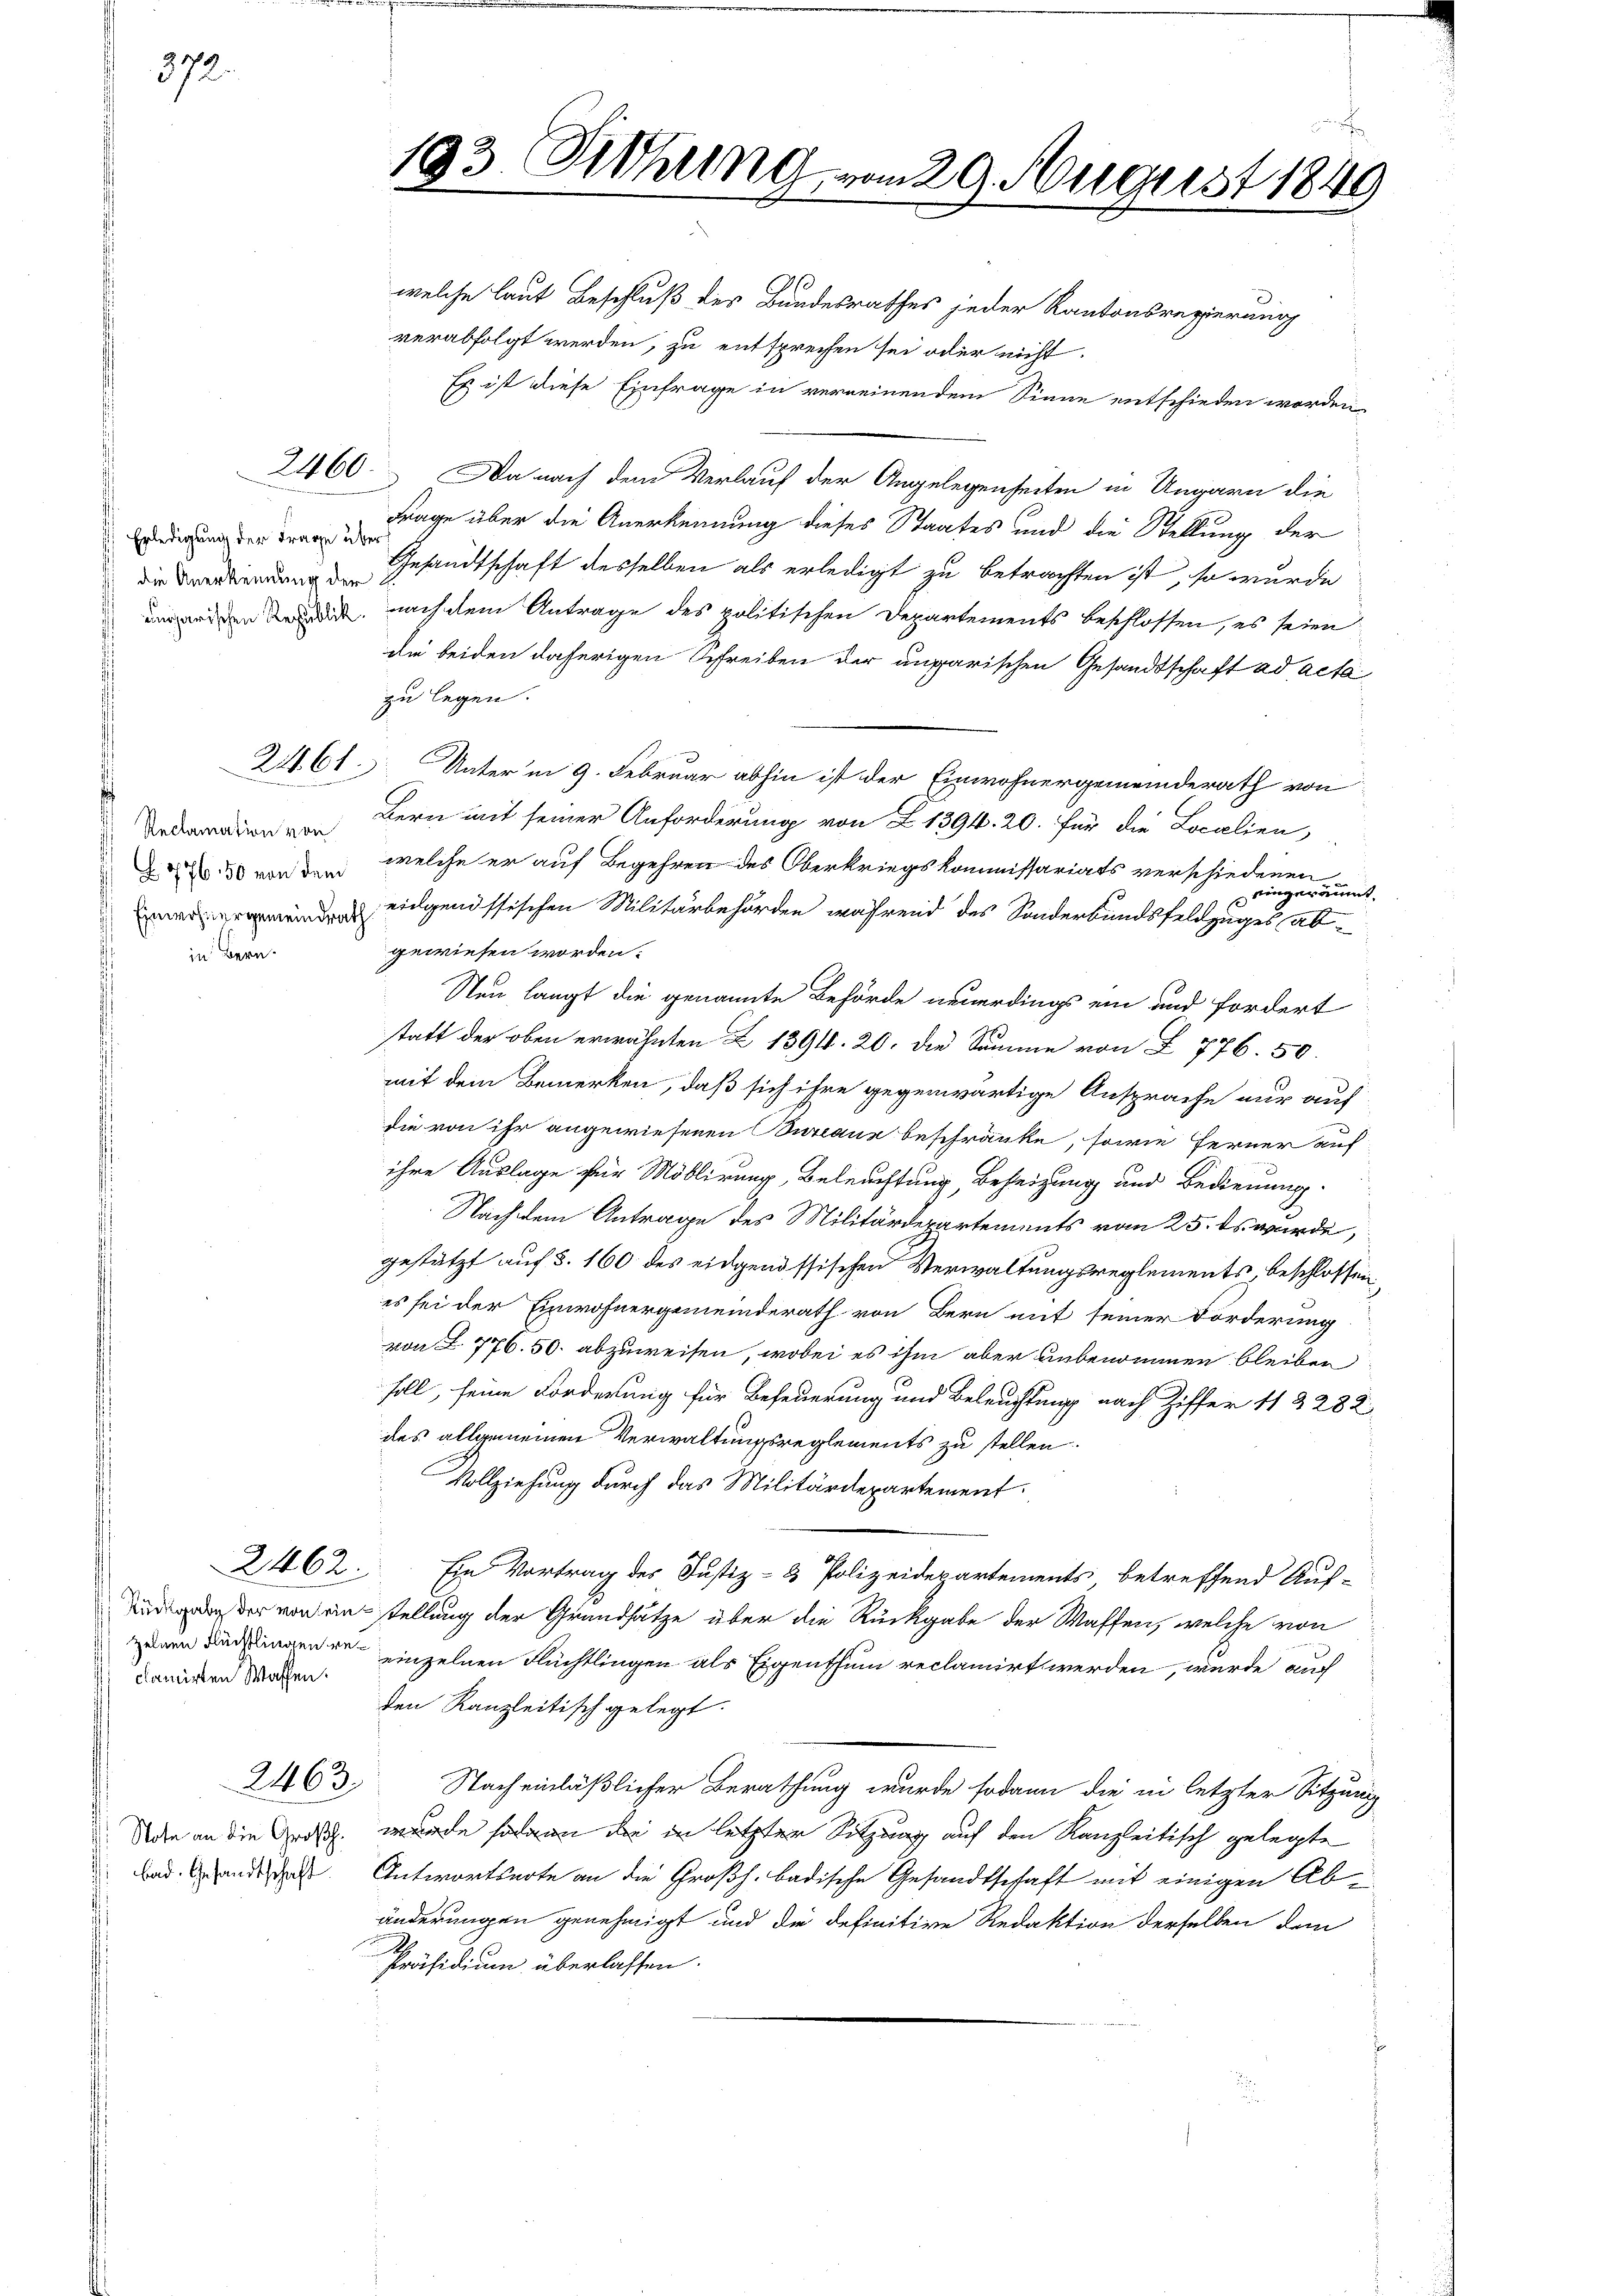
372.

in Bern

Erledigung der Frage u.
die Anerkennung der
ngarischen Republik

2161

Reclamation von
776, 50 von dem
Einwohnergemeindrath

zelnen Flüchtlingen reclamirten Waffen.

2463

Note an die Großh.
bad. Gesandtschaft

193. Othung vom 29. August 1849

welche laut Beschluß der Bundesrathes jeder Kantonsregierung
verabfolgt werden, zu entsprechen sei oder nicht
Es ist diese Einfrage in verneinendem Sinne entschieden worden
2460. Da nach dem Verlauf der Angelegenheiten in Ungarn die
Frage über die Anerkennung dieses Staates und die Stellung der
ber
Gesandtschaft desselben als erledigt zu betrachten ist, so wurde
nach dem Antrage des politischen Departements beschlossen, es seien
die beiden daherigen Schreiben der ungarischen Gesandtschaft ad acta
zu legen.
Unter in 9. Februar abhin ist der Einwohnergemeinderath von
Bern mit seiner Anforderung von Z 1394. 20. für die Localien,
welche er auf Begehren des Oberkriegskommissariats verschiedenen kanntein
eidgenössischen Militärbehörden während des Sonderbundsfeldzuges ab-
gewiesen worden.
Neu langt die genannte Behörde neuerdings ein und fordert
statt der oben erwähnten Z 1394. 20. die Samme von § 776. 50.
mit dem Bemerken, daß sich ihre gegenwärtige Ansprache nur auf
die von ihr angewiesenen Bureaux beschränke, sowie ferner auf
ihre Auslage für Moblirung, Beleuchtung, Beheizung und Bedienung.
Nachdem Antrage des Militärdepartements vom 25. ds wurde,
gestützt auf §. 160 des eidgenössischen Verwaltungsreglements, beschlossen:
es sei der Einwohnergemeinderath von Bern mit seiner Forderung
von L. 776. 50. abzuweisen, wobei es ihm aber unbenommen bleiben
soll, seine Forderung für Befeuerung und Beleuchtung nach Ziffer 11 2282
des allgemeinen Verwaltungsreglements zu stellen.
Vollziehung durch das Militärdepartement.
2462. Ein Vortrag des Justiz- & Polizeidepartements betreffend Auf-
g der vor einstellung der Grundsätze über die Rückgabe der Waffen, welche von
einzelnen Flüchtlingen als Eigenthum reclamirt werden, wurde auch
den Kanzleitisch gelegt.
Nach einläßlicher Berathung wurde sodann die in letzter Sitzung
wurde sodann die in letzter Sitzung auf den Kanzleitisch gelegte
Antwortsnote an die Großh. badische Gesandtschaft mit einigen Abänderungen genehmigt und die definitive Redaktion derselben den
Präsidium überlassen.